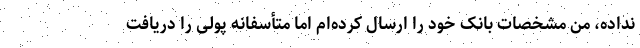
نداده، من مشخصات بانک خود را ارسال کرده‌ام اما متأسفانه پولی را دریافت